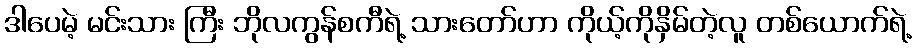
ဒါပေမဲ့ မင်းသား ကြီး ဘိုလကွန်စကီရဲ့ သားတော်ဟာ ကိုယ့်ကိုနှိမ်တဲ့လူ တစ်ယောက်ရဲ့